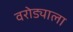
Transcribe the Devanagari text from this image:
वरोड्याला